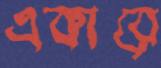
একারে